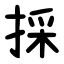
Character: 採